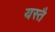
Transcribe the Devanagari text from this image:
यस्तै